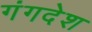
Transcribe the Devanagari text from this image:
गंगदेश